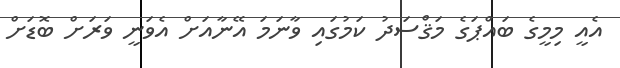
އެއީ މިމީގެ ބައްޕަގެ މަޤްސަދު ކަމުގައި ވާނަމަ އޭނާއަށް އެވަނީ ވަރަށް ބޮޑަށް